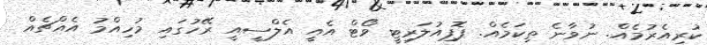
ކުރިއެެރުމެއް. ނުވާނެ ތިކަމެއް. ޕޮޕިއުލަރިޓީ ވޯޓް އެއީ އެލްސީއީ ރޭހުގައި މުހިއްމު އެއްޗެއް